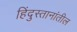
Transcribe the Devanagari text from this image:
हिंदुस्तानांतील